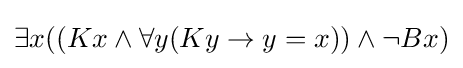
\exists x((Kx\land \forall y(Ky\rightarrow y=x))\land \lnot Bx)